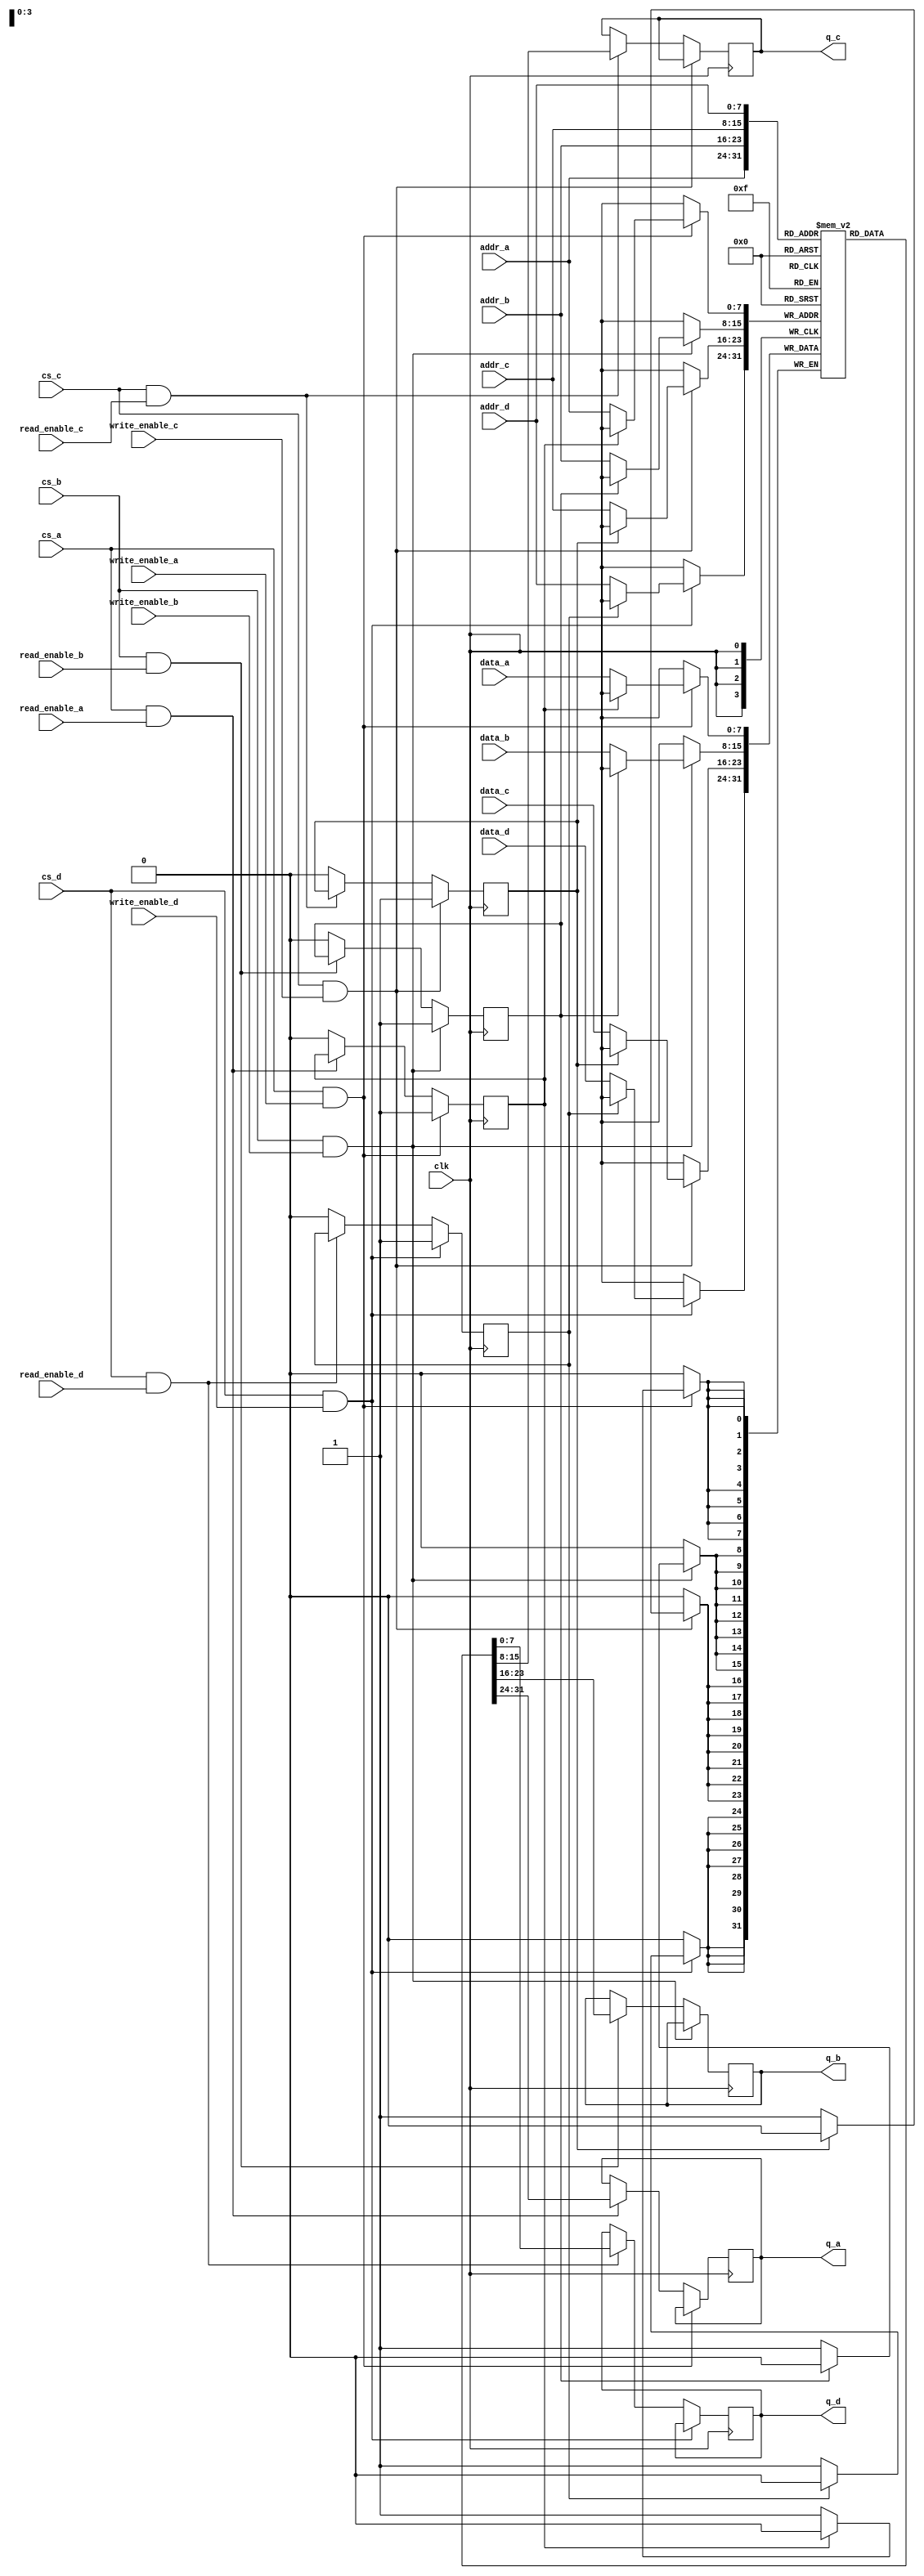
module quad_port_sram #(
    parameter ADDR_WIDTH = 8, // Address width (e.g., 256 addresses)
    parameter DATA_WIDTH = 8,  // Data width (e.g., 8 bits)
    parameter MEM_DEPTH = 256   // Total number of memory cells (2^ADDR_WIDTH)
)(
    // Port A
    input wire [ADDR_WIDTH-1:0] addr_a,
    input wire [DATA_WIDTH-1:0] data_a,
    input wire read_enable_a,
    input wire write_enable_a,
    input wire cs_a,
    output reg [DATA_WIDTH-1:0] q_a,

    // Port B
    input wire [ADDR_WIDTH-1:0] addr_b,
    input wire [DATA_WIDTH-1:0] data_b,
    input wire read_enable_b,
    input wire write_enable_b,
    input wire cs_b,
    output reg [DATA_WIDTH-1:0] q_b,

    // Port C
    input wire [ADDR_WIDTH-1:0] addr_c,
    input wire [DATA_WIDTH-1:0] data_c,
    input wire read_enable_c,
    input wire write_enable_c,
    input wire cs_c,
    output reg [DATA_WIDTH-1:0] q_c,

    // Port D
    input wire [ADDR_WIDTH-1:0] addr_d,
    input wire [DATA_WIDTH-1:0] data_d,
    input wire read_enable_d,
    input wire write_enable_d,
    input wire cs_d,
    output reg [DATA_WIDTH-1:0] q_d,

    input wire clk // Clock signal
);

    // Memory array
    reg [DATA_WIDTH-1:0] memory [0:MEM_DEPTH-1];

    // Collision handling registers
    reg [DATA_WIDTH-1:0] temp_data_a, temp_data_b, temp_data_c, temp_data_d;
    reg collision_a, collision_b, collision_c, collision_d;

    // Process Memory Write
    always @(posedge clk) begin
        if (cs_a && write_enable_a) begin
            if (collision_a == 0)
                memory[addr_a] <= data_a;
            temp_data_a <= data_a;
            collision_a <= 1;
        end else if (cs_a && read_enable_a) begin
            q_a <= memory[addr_a];
        end else
            collision_a <= 0;

        if (cs_b && write_enable_b) begin
            if (collision_b == 0)
                memory[addr_b] <= data_b;
            temp_data_b <= data_b;
            collision_b <= 1;
        end else if (cs_b && read_enable_b) begin
            q_b <= memory[addr_b];
        end else
            collision_b <= 0;

        if (cs_c && write_enable_c) begin
            if (collision_c == 0)
                memory[addr_c] <= data_c;
            temp_data_c <= data_c;
            collision_c <= 1;
        end else if (cs_c && read_enable_c) begin
            q_c <= memory[addr_c];
        end else
            collision_c <= 0;

        if (cs_d && write_enable_d) begin
            if (collision_d == 0)
                memory[addr_d] <= data_d;
            temp_data_d <= data_d;
            collision_d <= 1;
        end else if (cs_d && read_enable_d) begin
            q_d <= memory[addr_d];
        end else
            collision_d <= 0;
    end

endmodule